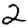
Digit: 2